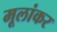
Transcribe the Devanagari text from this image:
मूलांकर